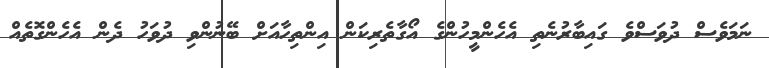
ނަމަވެސް ދުވަސްވެ ގައިބާރުނެތި އެހެންމީހުންގެ އޯގާތެރިކަން އިންތިހާއަށް ބޭނުުންވި ދުވަހު ދެން އެހެންގޮތެއް